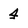
Character: 4